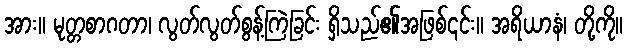
အား။ မုတ္တစာဂတာ၊ လွတ်လွတ်စွန့်ကြဲခြင်း ရှိသည်၏အဖြစ်၎င်း။ အရိယာနံ၊ တို့ကို။